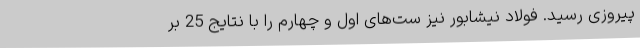
پیروزی رسید. فولاد نیشابور نیز ست‌های اول و چهارم را با نتایج 25 بر